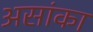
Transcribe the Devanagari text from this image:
असांका